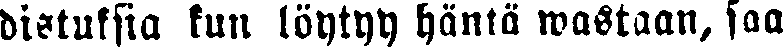
distuksia kun löytyy häntä wastaan, saa